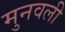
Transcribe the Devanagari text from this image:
मुनवली